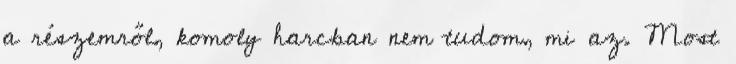
a részemről, komoly harcban nem tudom, mi az. Most